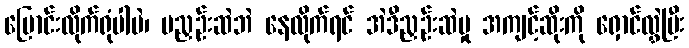
ပြောင်းလိုက်ရုံပါပဲ၊ မညှဉ်းဆဲဘဲ နေလိုက်ရင် အဲဒီညှဉ်းဆဲမှု အကျင့်ဆိုးကို ရှောင်လွှဲပြီး